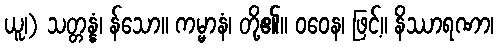
ယူ၊) သတ္တန္နံ၊ န်သော။ ကမ္မာနံ၊ တို့၏။ ဝဝေန၊ ဖြင့်။ နိဿာရဏာ၊